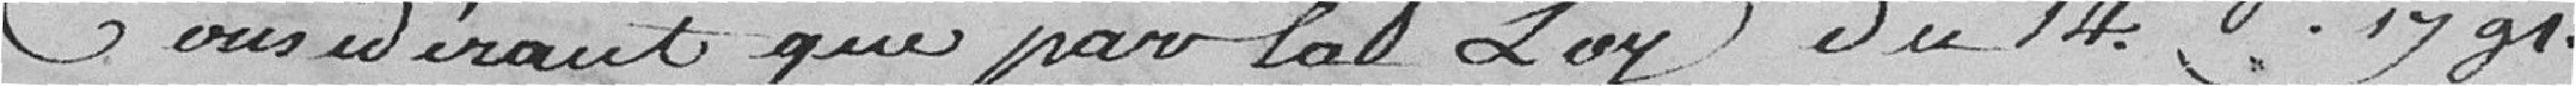
considérant que par la loy du 14 bre 1791